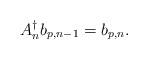
LaTeX: \begin{align*}A^\dagger_n b_{p,n-1}=b_{p,n}.\end{align*}